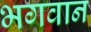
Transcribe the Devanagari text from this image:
भगवान